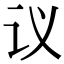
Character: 议